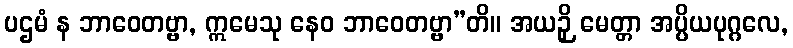
ပဌမံ န ဘာဝေတဗ္ဗာ, ဣမေသု နေဝ ဘာဝေတဗ္ဗာ”တိ။ အယဉှိ မေတ္တာ အပ္ပိယပုဂ္ဂလေ,